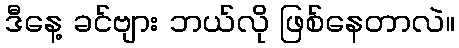
ဒီနေ့ ခင်ဗျား ဘယ်လို ဖြစ်နေတာလဲ။